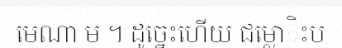
មេណា ម ។ ដូច្នេះហើយ ជម្លោិះប